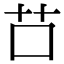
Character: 𦬅